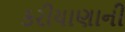
કરીયાણાની